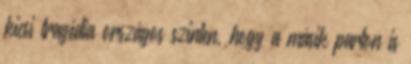
kicsi tragédia országos szinten, hogy a másik parton is